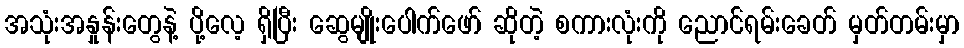
အသုံးအနှုန်းတွေနဲ့ ပို့လေ့ ရှိပြီး ဆွေမျိုးပေါက်ဖော် ဆိုတဲ့ စကားလုံးကို ညောင်ရမ်းခေတ် မှတ်တမ်းမှာ